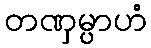
တဏှမ္ပာဟံ